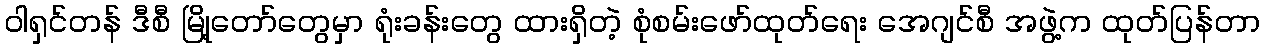
ဝါရှင်တန် ဒီစီ မြို့တော်တွေမှာ ရုံးခန်းတွေ ထားရှိတဲ့ စုံစမ်းဖော်ထုတ်ရေး အေဂျင်စီ အဖွဲ့က ထုတ်ပြန်တာ